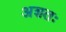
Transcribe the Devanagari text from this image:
अशतः